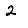
Digit: 2